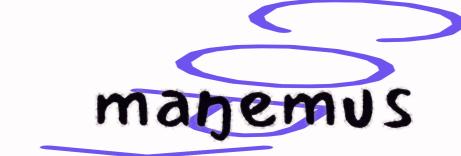
maŋemus